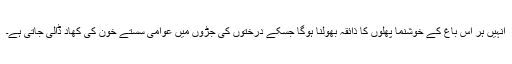
انہیں ہر اس باغ کے خوشنما پھلوں کا ذائقہ بھولنا ہوگا جسکے درختوں کی جڑوں میں عوامی سستے خون کی کھاد ڈالی جاتی ہے۔